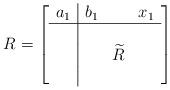
LaTeX: \begin{align*}R = \left[ \begin{array}{c|ccc}a_1 & b_1 && x_1 \\ \hline& & \\& & \widetilde R & \\& && \\ \end{array} \right]\end{align*}